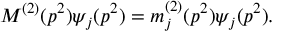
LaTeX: M ^ { ( 2 ) } ( p ^ { 2 } ) \psi _ { j } ( p ^ { 2 } ) = m _ { j } ^ { ( 2 ) } ( p ^ { 2 } ) \psi _ { j } ( p ^ { 2 } ) .